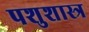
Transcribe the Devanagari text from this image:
पशुशास्त्र